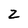
Character: z